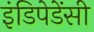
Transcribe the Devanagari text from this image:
इंडिपेडेंसी